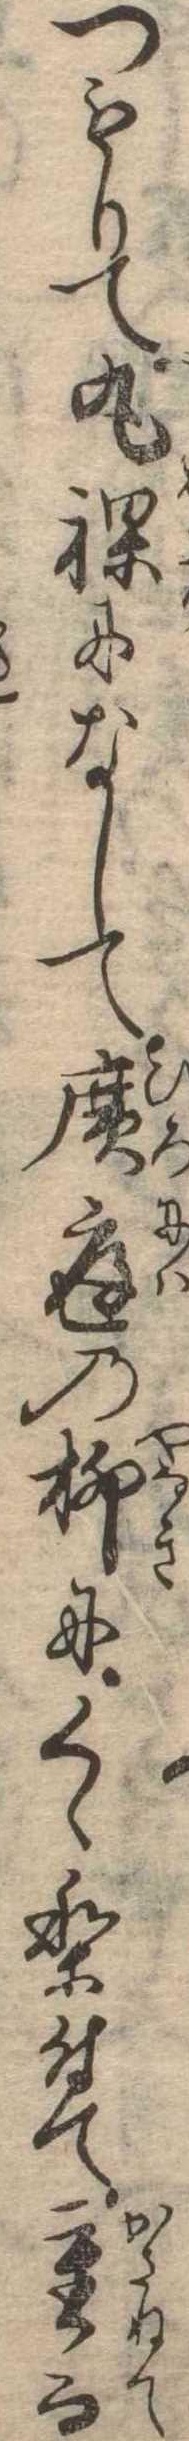
つもりて丸裸になして広庭の柳にくゝり付て重而